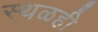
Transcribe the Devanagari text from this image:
स्थळही